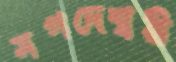
মগদেশ্বরী